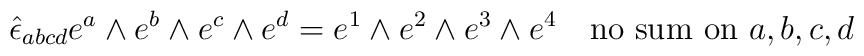
\hat{\epsilon}_{abcd} e^a \wedge e^b \wedge e^c \wedge e^d = e^1 \wedge e^2\wedge e^3 \wedge e^4 ~~~{\rm no~sum~on}~a,b,c,d